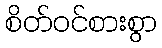
စိတ်ဝင်စားစွာ